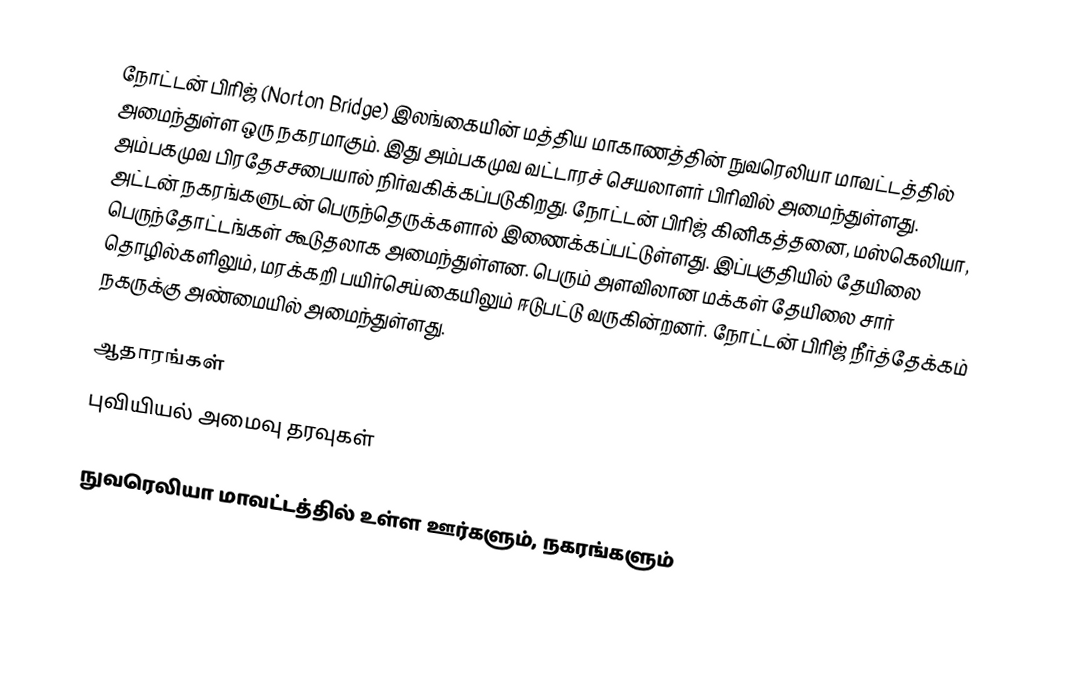
நோட்டன் பிரிஜ் (Norton Bridge) இலங்கையின் மத்திய மாகாணத்தின் நுவரெலியா மாவட்டத்தில் அமைந்துள்ள ஒரு நகரமாகும். இது அம்பகமுவ வட்டாரச் செயலாளர் பிரிவில் அமைந்துள்ளது. அம்பகமுவ பிரதேசசபையால் நிர்வகிக்கப்படுகிறது. நோட்டன் பிரிஜ் கினிகத்தனை, மஸ்கெலியா, அட்டன் நகரங்களுடன் பெருந்தெருக்களால் இணைக்கப்பட்டுள்ளது. இப்பகுதியில் தேயிலை பெருந்தோட்டங்கள் கூடுதலாக அமைந்துள்ளன. பெரும் அளவிலான மக்கள் தேயிலை சார் தொழில்களிலும், மரக்கறி பயிர்செய்கையிலும் ஈடுபட்டு வருகின்றனர். நோட்டன் பிரிஜ் நீர்த்தேக்கம் நகருக்கு அண்மையில் அமைந்துள்ளது.

ஆதாரங்கள்
புவியியல் அமைவு தரவுகள்

நுவரெலியா மாவட்டத்தில் உள்ள ஊர்களும், நகரங்களும்